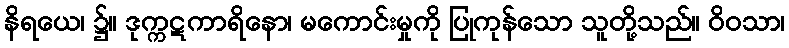
နိရယေ၊ ၌။ ဒုက္ကဋကာရိနော၊ မကောင်းမှုကို ပြုကုန်သော သူတို့သည်။ ဝိဝသာ၊